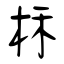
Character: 柇